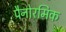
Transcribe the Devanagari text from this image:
पैनोरमिक